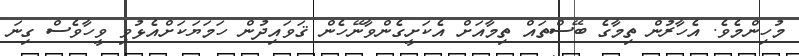
މުހިންމެވެ. އެހާރުން ތިމާގެ ބޭސްތައް ތިމާއަށް އެކަށީގެންވާނޭހެން ޤަވައިދުން ހަމަޔަކަށްއެޅުވި ވީހާވެސް ގިނަ